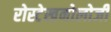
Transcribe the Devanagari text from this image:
रोस्टेखनोलोजी